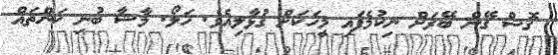
ގޮސް ގޭން ބޭރަށް ނިކުމެފައި މީހަކަށް ގުޅާލިއެވެ. ހަލޯ. މާޝާ ބުނި ކަންތައް